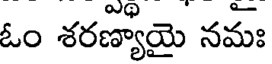
ఓం శరణ్యాయై నమః